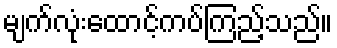
မျက်လုံးထောင့်ကပ်ကြည့်သည်။